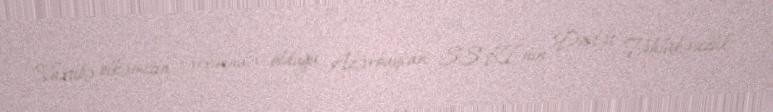
Vaxtilə ölkəmizin tərkibində olduğu Azərbaycan SSRİ-nin Dövlət Təhlükəsizlik